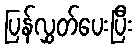
ပြန်လွှတ်ပေးပြီး